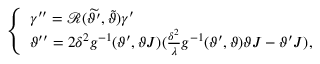
\begin{array} { r } { \left\{ \begin{array} { l l l } { \gamma ^ { \prime \prime } = \mathcal { R } ( \widetilde { \vartheta ^ { \prime } } , \widetilde { \vartheta } ) \gamma ^ { \prime } } \\ { \vartheta ^ { \prime \prime } = 2 \delta ^ { 2 } g ^ { - 1 } ( \vartheta ^ { \prime } , \vartheta J ) ( \frac { \delta ^ { 2 } } { \lambda } g ^ { - 1 } ( \vartheta ^ { \prime } , \vartheta ) \vartheta J - \vartheta ^ { \prime } J ) , } \end{array} \right. } \end{array}